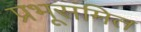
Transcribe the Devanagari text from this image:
प्रभूसंमित